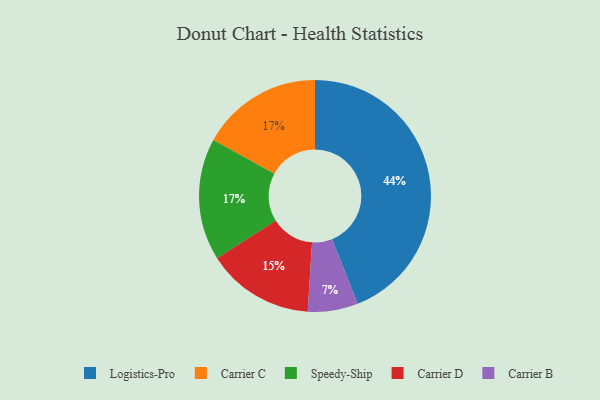
{"axis": {"x": "Category", "y": "Percentage"}, "legend": ["Carrier B", "Carrier C", "Carrier D", "Logistics-Pro", "Speedy-Ship"], "data": [{"x": "Carrier B", "y": 7, "type": "Carrier B"}, {"x": "Carrier D", "y": 15, "type": "Carrier D"}, {"x": "Carrier C", "y": 17, "type": "Carrier C"}, {"x": "Speedy-Ship", "y": 17, "type": "Speedy-Ship"}, {"x": "Logistics-Pro", "y": 44, "type": "Logistics-Pro"}]}